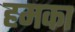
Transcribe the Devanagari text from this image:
हमका